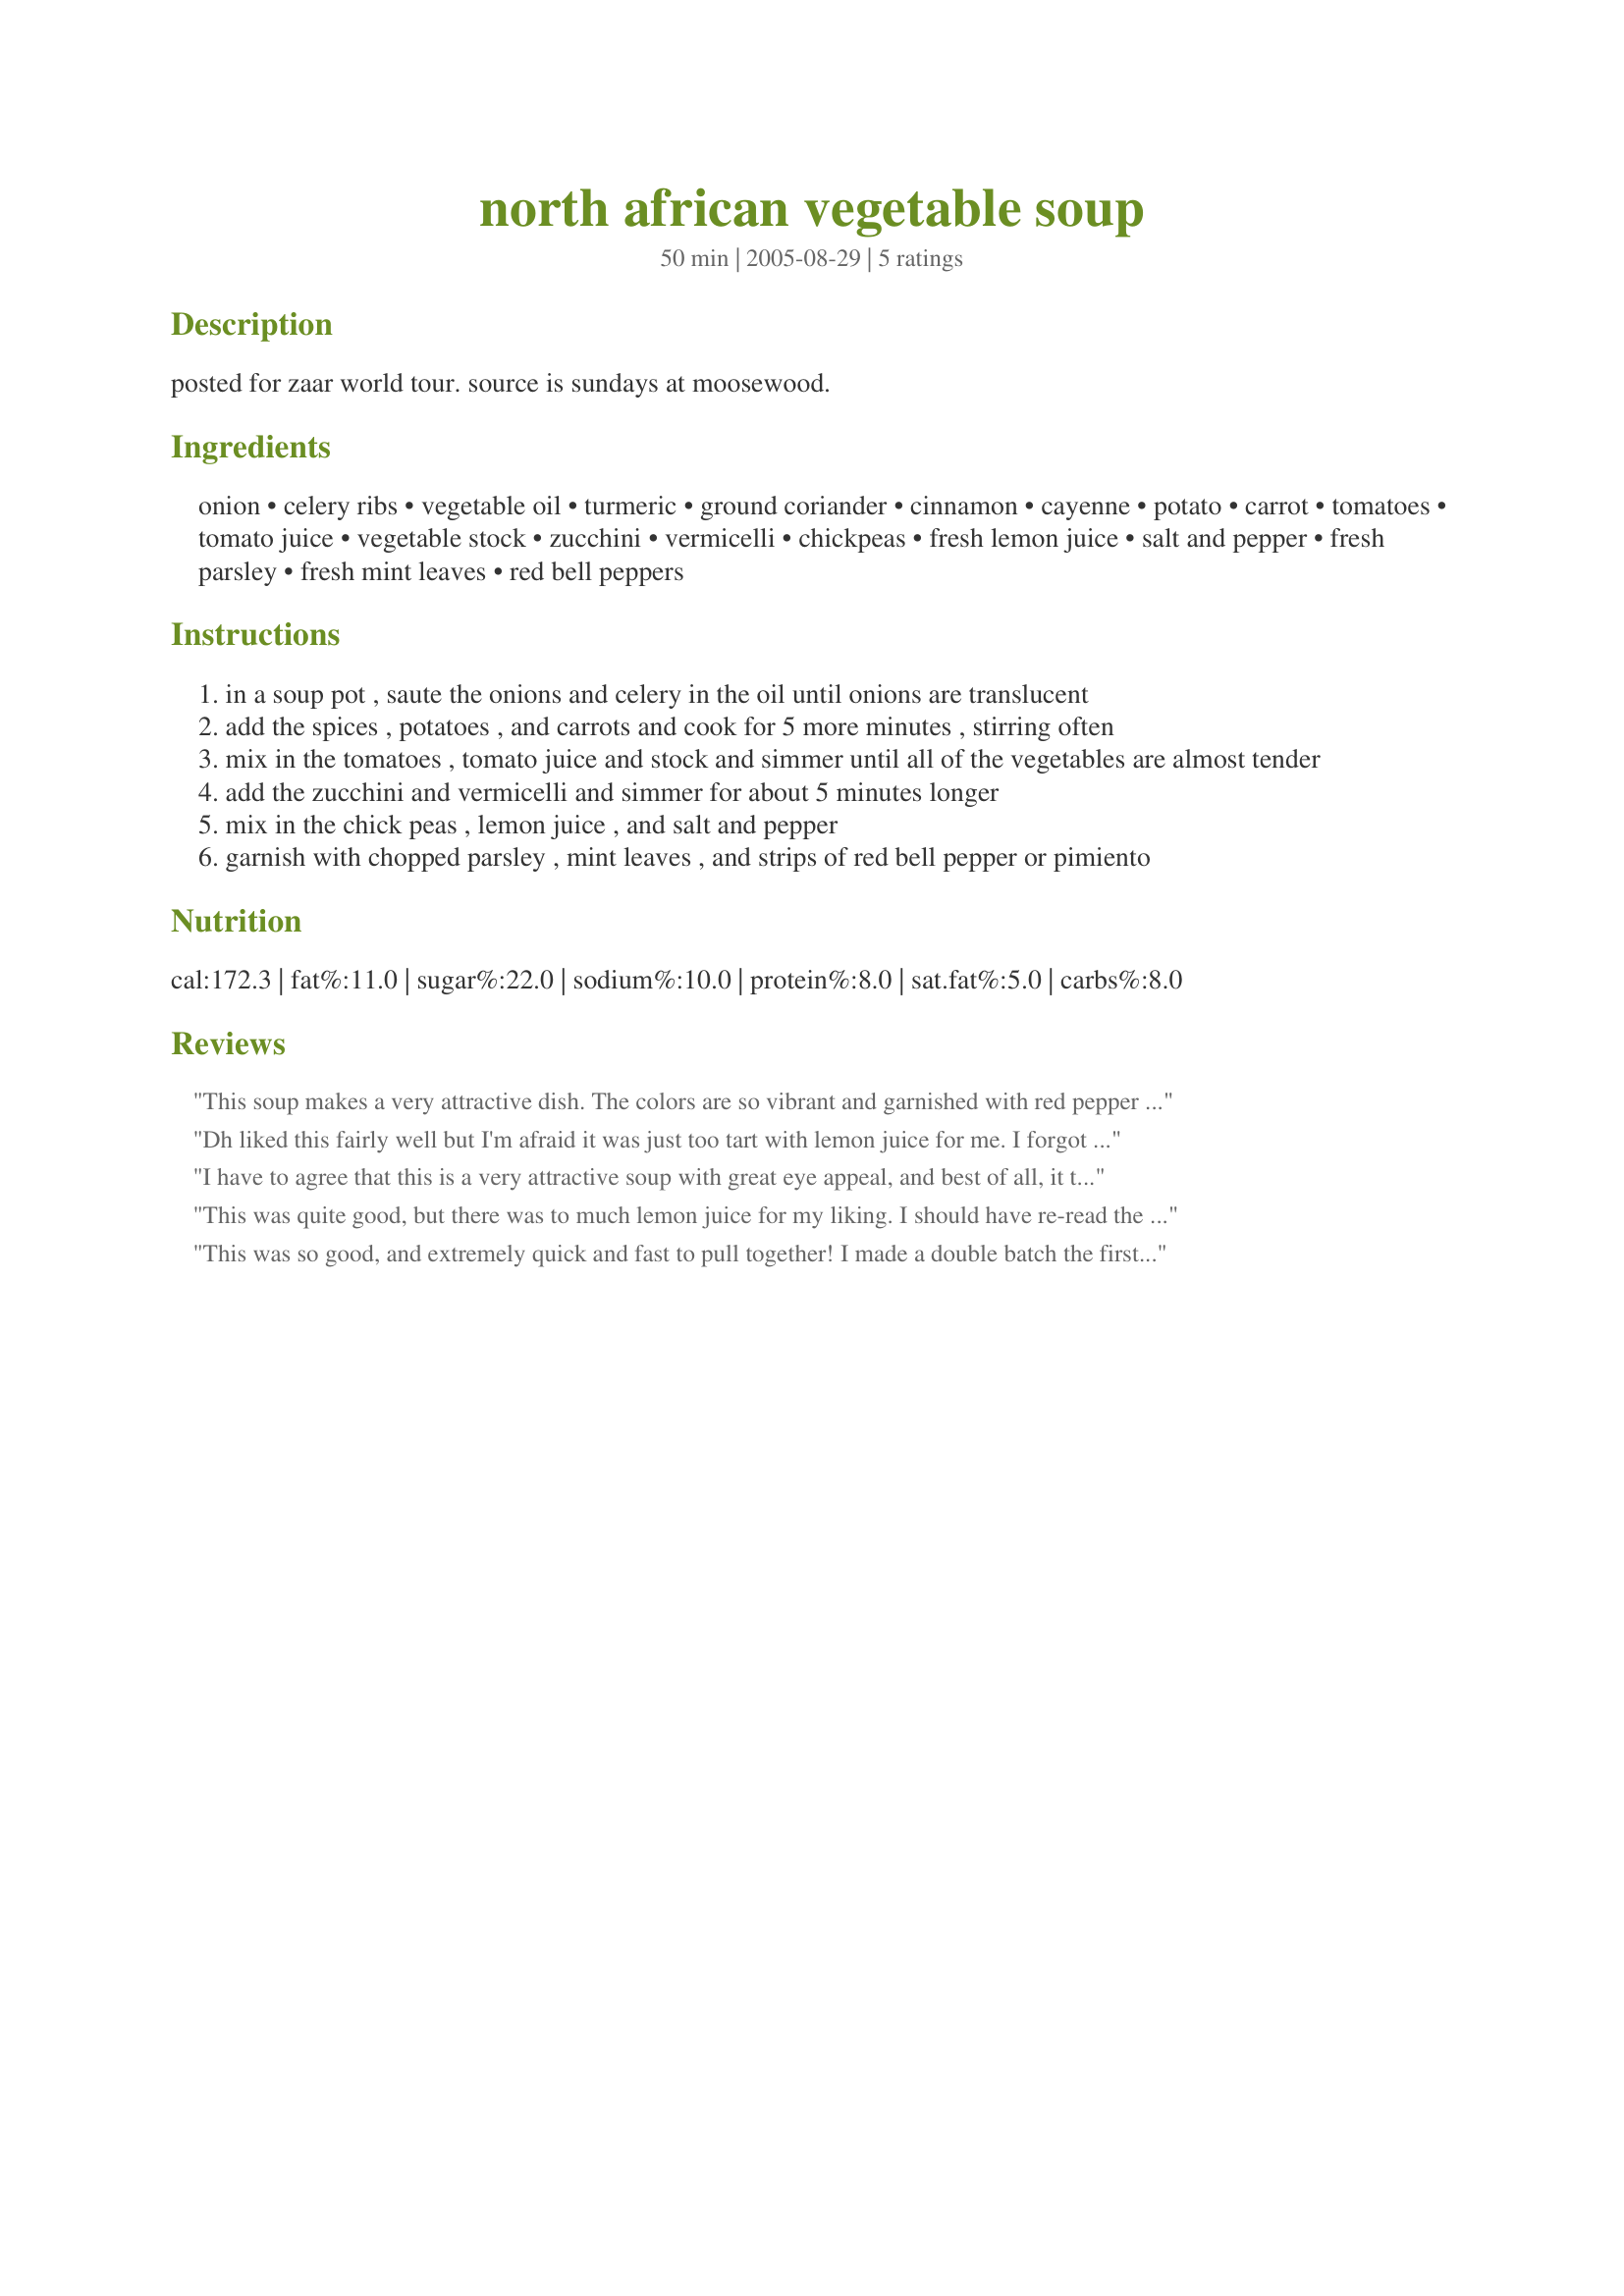
north african vegetable soup
Preparation time: 50 minutes

posted for zaar world tour. source is sundays at moosewood.

Ingredients:
onion, celery ribs, vegetable oil, turmeric, ground coriander, cinnamon, cayenne, potato, carrot, tomatoes, tomato juice, vegetable stock, zucchini, vermicelli, chickpeas, fresh lemon juice, salt and pepper, fresh parsley, fresh mint leaves, red bell peppers

Steps:
in a soup pot , saute the onions and celery in the oil until onions are translucent
add the spices , potatoes , and carrots and cook for 5 more minutes , stirring often
mix in the tomatoes , tomato juice and stock and simmer until all of the vegetables are almost tender
add the zucchini and vermicelli and simmer for about 5 minutes longer
mix in the chick peas , lemon juice , and salt and pepper
garnish with chopped parsley , mint leaves , and strips of red bell pepper or pimiento

Reviews:
This soup makes a very attractive dish. The colors are so vibrant and garnished with red pepper strips and mint it has so much eye appeal. The blending of flavors is also excellent. The only changes I made were to slice a large leek and replace the onion with it and reduce the vegetable oil. The cayenne pepper adds a little kick but not overpowering. This is a nice healthy dinner for a cooler fall evening. Thanks!
Dh liked this fairly well but I'm afraid it was just too tart with lemon juice for me. I forgot to add it gradually and sure enough... just too intense.
I have to agree that this is a very attractive soup with great eye appeal, and best of all, it tastes good! I did have to take a few small liberties ... I didn't have fresh tomatoes so used a can of plum tomatoes and my zucchini in storage was really huge so did a bit of guess work. I did go a touch light on the lemon juice. A definite five, just as I expected from a Moosewood recipe! Thank you for sharing.
This was quite good, but there was to much lemon juice for my liking. I should have re-read the other reviews before I made it! The only thing I changed was to use rice pasta. I'll make this again, but add lemon juice to taste.
This was so good, and extremely quick and fast to pull together! I made a double batch the first night, and liked it so much that I made another double batch the next night to freeze! I omitted celery and tomato juice because I didn't have them on hand, and used canned tomatoes in place of fresh. I used frozen mixed veggies in place of zucchini. I doubled the potatoes and carrots. I used rice in place of vermicelli, and I added the rice when I added the vegetable stock. I used about half the lemon juice.
